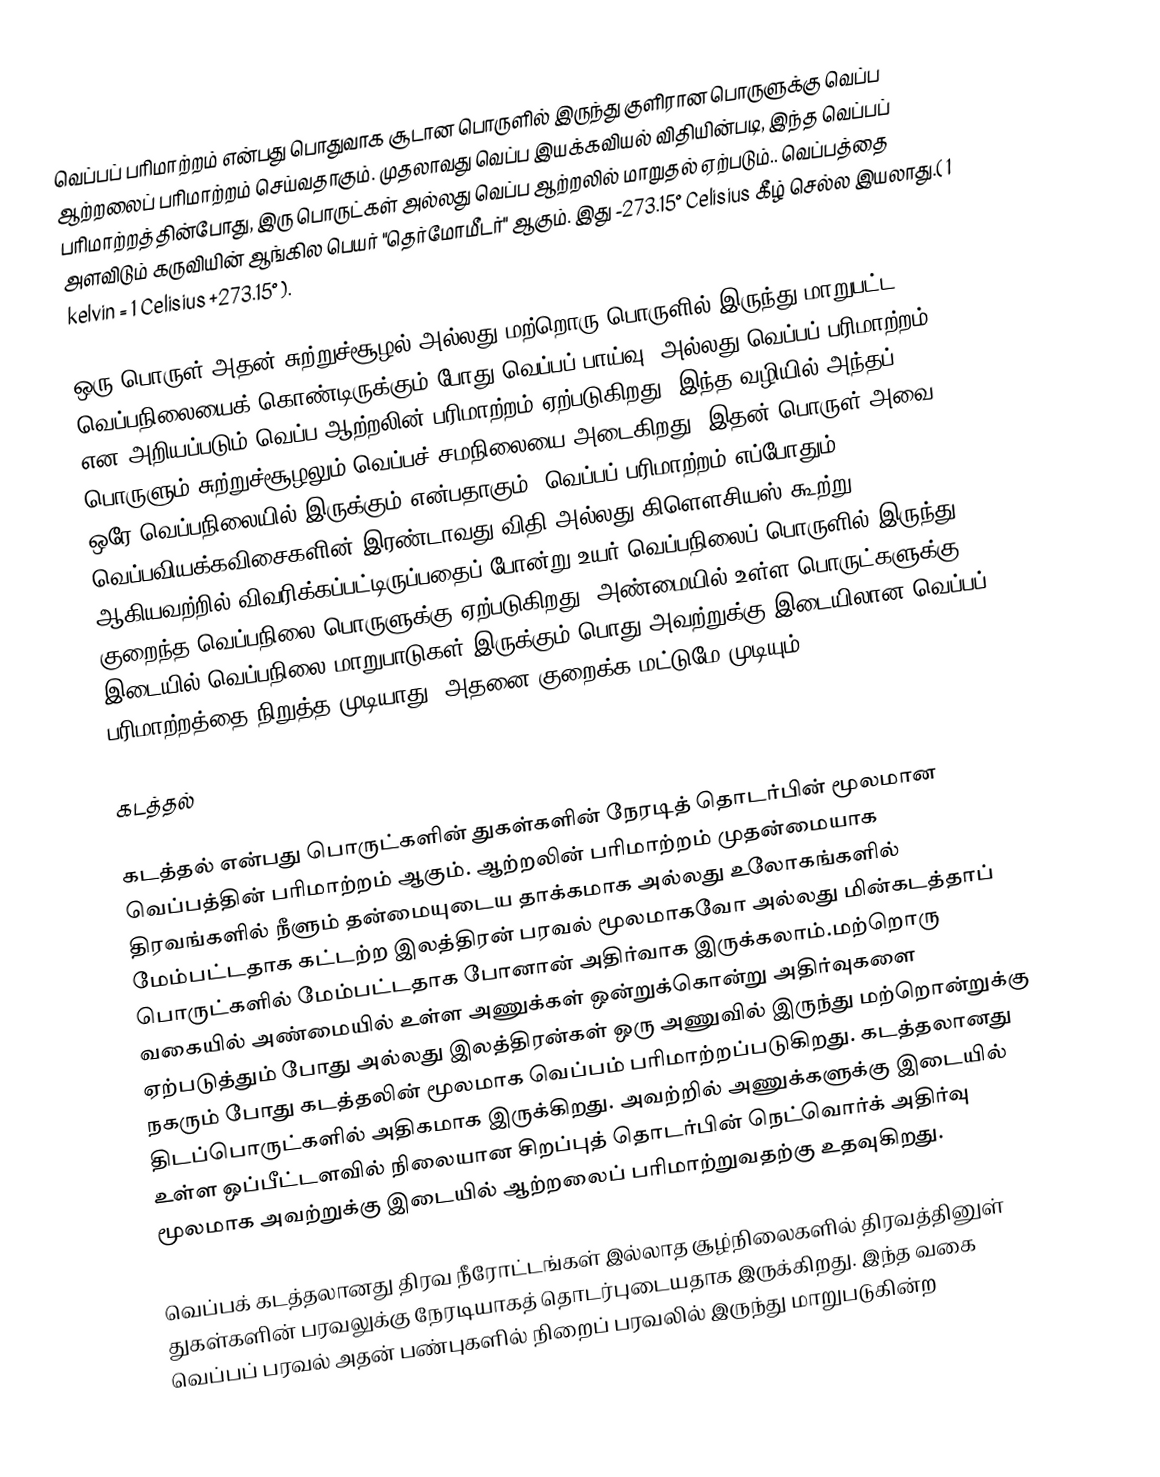
வெப்பப் பரிமாற்றம் என்பது பொதுவாக சூடான பொருளில் இருந்து குளிரான பொருளுக்கு வெப்ப ஆற்றலைப் பரிமாற்றம் செய்வதாகும். முதலாவது வெப்ப இயக்கவியல் விதியின்படி, இந்த வெப்பப் பரிமாற்றத்தின்போது, இரு பொருட்கள் அல்லது வெப்ப ஆற்றலில் மாறுதல் ஏற்படும்.. வெப்பத்தை அளவிடும் கருவியின்  ஆங்கில பெயர் "தெர்மோமீடர்" ஆகும். இது -273.15° Celisius கீழ் செல்ல இயலாது.( 1 kelvin = 1 Celisius +273.15° ).

ஒரு பொருள் அதன் சுற்றுச்சூழல் அல்லது மற்றொரு பொருளில் இருந்து மாறுபட்ட வெப்பநிலையைக் கொண்டிருக்கும் போது வெப்பப் பாய்வு (அல்லது வெப்பப் பரிமாற்றம்) என அறியப்படும் வெப்ப ஆற்றலின் பரிமாற்றம் ஏற்படுகிறது. இந்த வழியில் அந்தப் பொருளும் சுற்றுச்சூழலும் வெப்பச் சமநிலையை அடைகிறது. இதன் பொருள் அவை ஒரே வெப்பநிலையில் இருக்கும் என்பதாகும். வெப்பப் பரிமாற்றம் எப்போதும் வெப்பவியக்கவிசைகளின் இரண்டாவது விதி அல்லது கிளெளசியஸ் கூற்று ஆகியவற்றில் விவரிக்கப்பட்டிருப்பதைப் போன்று உயர் வெப்பநிலைப் பொருளில் இருந்து குறைந்த வெப்பநிலை பொருளுக்கு ஏற்படுகிறது. அண்மையில் உள்ள பொருட்களுக்கு இடையில் வெப்பநிலை மாறுபாடுகள் இருக்கும் பொது அவற்றுக்கு இடையிலான வெப்பப் பரிமாற்றத்தை நிறுத்த முடியாது. அதனை குறைக்க மட்டுமே முடியும்.

கடத்தல்

கடத்தல் என்பது பொருட்களின் துகள்களின் நேரடித் தொடர்பின் மூலமான வெப்பத்தின் பரிமாற்றம் ஆகும். ஆற்றலின் பரிமாற்றம் முதன்மையாக திரவங்களில் நீளும் தன்மையுடைய தாக்கமாக அல்லது உலோகங்களில் மேம்பட்டதாக கட்டற்ற இலத்திரன் பரவல் மூலமாகவோ அல்லது மின்கடத்தாப் பொருட்களில் மேம்பட்டதாக போனான் அதிர்வாக இருக்கலாம்.மற்றொரு வகையில் அண்மையில் உள்ள அணுக்கள் ஒன்றுக்கொன்று அதிர்வுகளை ஏற்படுத்தும் போது அல்லது இலத்திரன்கள் ஒரு அணுவில் இருந்து மற்றொன்றுக்கு நகரும் போது கடத்தலின் மூலமாக வெப்பம் பரிமாற்றப்படுகிறது. கடத்தலானது திடப்பொருட்களில் அதிகமாக இருக்கிறது. அவற்றில் அணுக்களுக்கு இடையில் உள்ள ஒப்பீட்டளவில் நிலையான சிறப்புத் தொடர்பின் நெட்வொர்க் அதிர்வு மூலமாக அவற்றுக்கு இடையில் ஆற்றலைப் பரிமாற்றுவதற்கு உதவுகிறது.

வெப்பக் கடத்தலானது திரவ நீரோட்டங்கள் இல்லாத சூழ்நிலைகளில் திரவத்தினுள் துகள்களின் பரவலுக்கு நேரடியாகத் தொடர்புடையதாக இருக்கிறது. இந்த வகை வெப்பப் பரவல் அதன் பண்புகளில் நிறைப் பரவலில் இருந்து மாறுபடுகின்ற